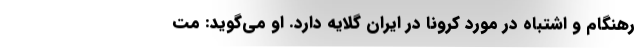
رهنگام و اشتباه در مورد کرونا در ایران گلایه دارد. او می‌گوید: مت